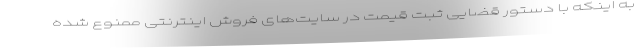
به اینکه با دستور قضایی ثبت قیمت در سایت‌های فروش اینترنتی ممنوع شده